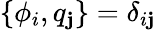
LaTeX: \{ \phi_{i},q_{\mathbf{j}}\} =\delta_{i\mathbf{j}}